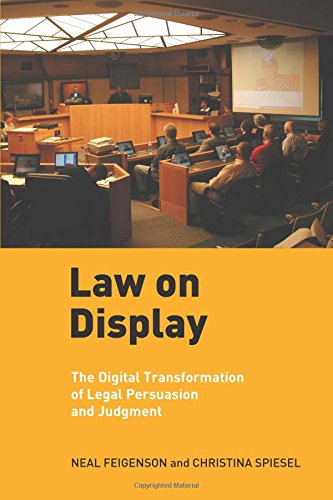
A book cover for Law on Display: The Digital Transformation of Legal Persuasion and Judgment (Ex Machina: Law, Technology, and Society); Neal Feigenson; Law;